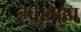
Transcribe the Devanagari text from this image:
ह्वांगहा